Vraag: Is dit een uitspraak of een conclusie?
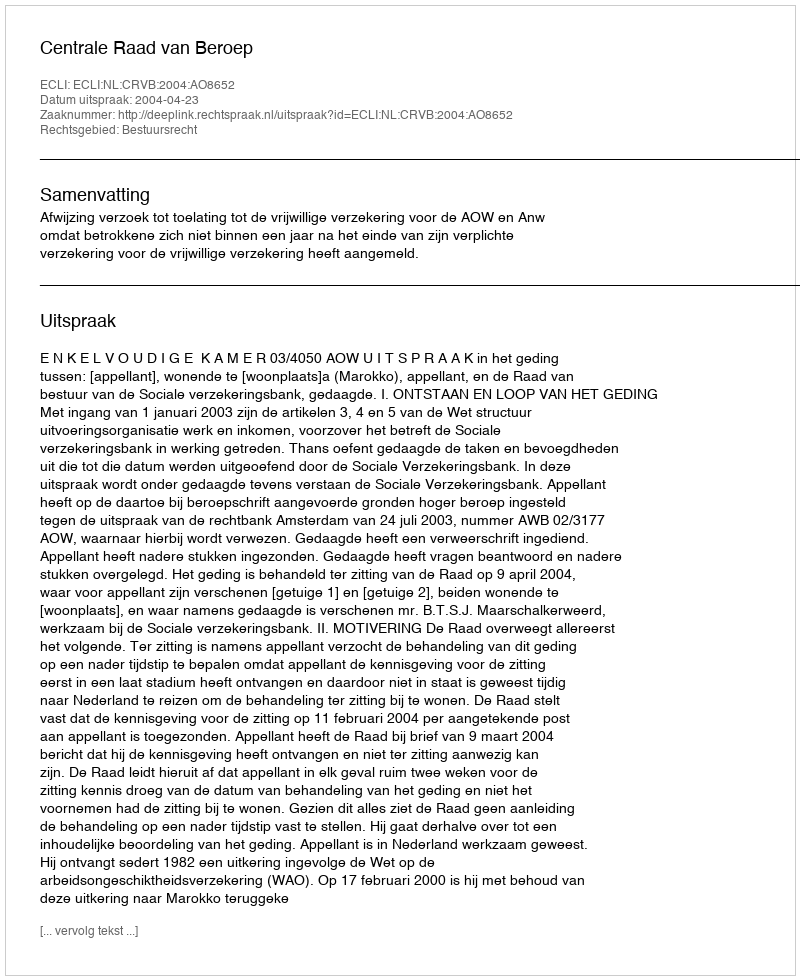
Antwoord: Uitspraak